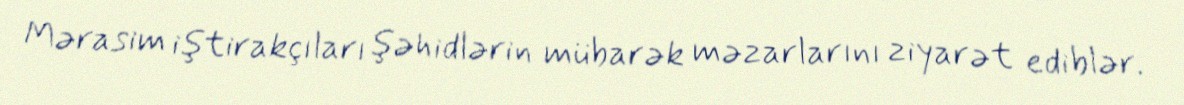
Mərasim iştirakçıları şəhidlərin mübarək məzarlarını ziyarət ediblər.